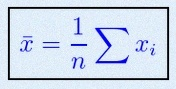
\bar{x}=\frac1n\sum x_i